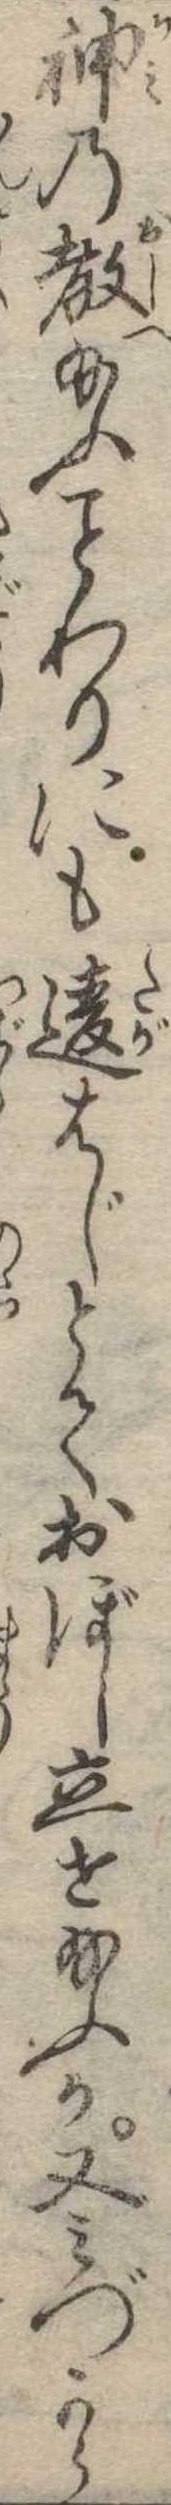
神の教給ふわりにも違はじとておぼし立せ給ふか又みづから